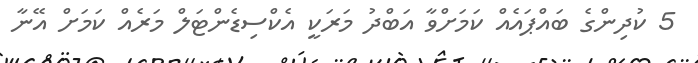
5 ކުދިންގެ ބައްޕައެއް ކަމަށްވާ އަބްދު މަރަކީ އެކްސިޑެންޓަލް މަރެއް ކަމަށް އޭނާ